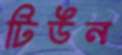
টিউন